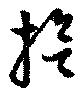
拾